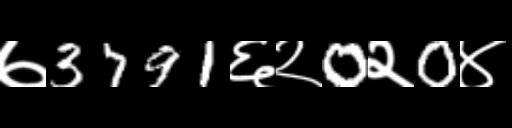
Text: ७3791६२0२0४